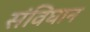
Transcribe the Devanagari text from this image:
संविघान